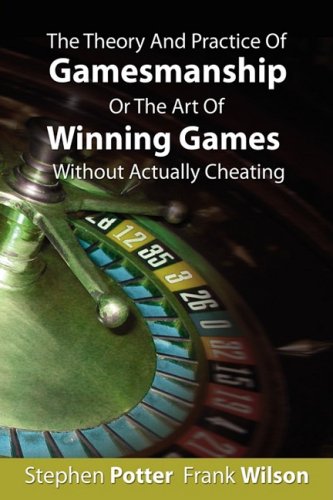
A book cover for The Theory and Practice of Gamesmanship or The Art of Winning Games Without Actually Cheating; Stephen Potter; Humor & Entertainment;